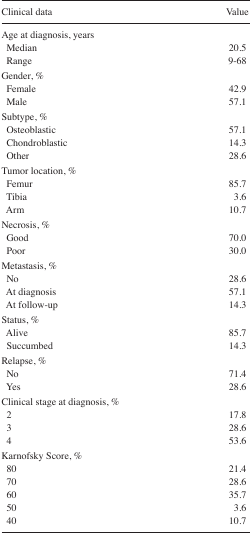
<table><thead><tr><td><b>Clinical data</b></td><td><b>Value</b></td></tr></thead><tbody><tr><td colspan="2">Age at diagnosis, years</td></tr><tr><td> Median</td><td>20.5</td></tr><tr><td> Range</td><td>9–68</td></tr><tr><td colspan="2">Gender, %</td></tr><tr><td> Female</td><td>42.9</td></tr><tr><td> Male</td><td>57.1</td></tr><tr><td colspan="2">Subtype, %</td></tr><tr><td> Osteoblastic</td><td>57.1</td></tr><tr><td> Chondroblastic</td><td>14.3</td></tr><tr><td> Other</td><td>28.6</td></tr><tr><td colspan="2">Tumor location, %</td></tr><tr><td> Femur</td><td>85.7</td></tr><tr><td> Tibia</td><td>3.6</td></tr><tr><td> Arm</td><td>10.7</td></tr><tr><td colspan="2">Necrosis, %</td></tr><tr><td> Good</td><td>70.0</td></tr><tr><td> Poor</td><td>30.0</td></tr><tr><td colspan="2">Metastasis, %</td></tr><tr><td> No</td><td>28.6</td></tr><tr><td> At diagnosis</td><td>57.1</td></tr><tr><td> At follow-up</td><td>14.3</td></tr><tr><td colspan="2">Status, %</td></tr><tr><td> Alive</td><td>85.7</td></tr><tr><td> Succumbed</td><td>14.3</td></tr><tr><td colspan="2">Relapse, %</td></tr><tr><td> No</td><td>71.4</td></tr><tr><td> Yes</td><td>28.6</td></tr><tr><td colspan="2">Clinical stage at diagnosis, %</td></tr><tr><td> 2</td><td>17.8</td></tr><tr><td> 3</td><td>28.6</td></tr><tr><td> 4</td><td>53.6</td></tr><tr><td colspan="2">Karnofsky Score, %</td></tr><tr><td> 80</td><td>21.4</td></tr><tr><td> 70</td><td>28.6</td></tr><tr><td> 60</td><td>35.7</td></tr><tr><td> 50</td><td>3.6</td></tr><tr><td> 40</td><td>10.7</td></tr></tbody></table>